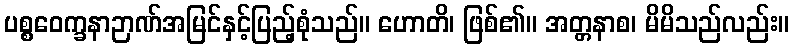
ပစ္စဝေက္ခနာဉာဏ်အမြင်နှင့်ပြည့်စုံသည်။ ဟောတိ၊ ဖြစ်၏။ အတ္တနာစ၊ မိမိသည်လည်း။